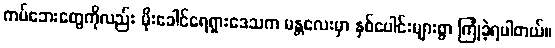
ကပ်ဘေးတွေကိုလည်း မိုးခေါင်ရေရှားဒေသက မန္တလေးမှာ နှစ်ပေါင်းများစွာ ကြုံခဲ့ရပါတယ်။